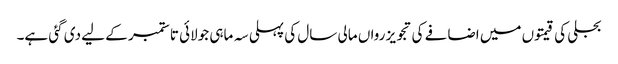
بجلی کی قیمتوں میں اضافے کی تجویز رواں مالی سال کی پہلی سہ ماہی جولائی تا ستمبر کے لیے دی گئی ہے۔